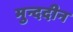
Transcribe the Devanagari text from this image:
मुन्ददीन